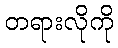
တရားလိုကို